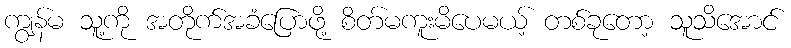
ကျွန်မ သူ့ကို အတိုက်အခံပြောဖို့ စိတ်မကူးမိပေမယ့် တစ်ခုတော့ သူသိအောင်